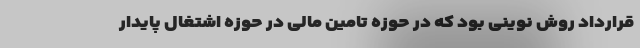
قرارداد روش نوینی بود که در حوزه تامین مالی در حوزه اشتغال پایدار